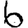
Digit: 6